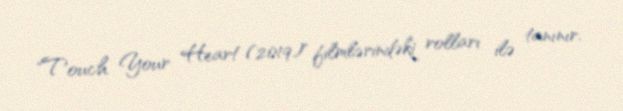
"Touch Your Heart (2019)" filmlərindəki rolları ilə tanınır.